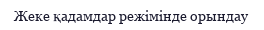
Жеке қадамдар режімінде орындау